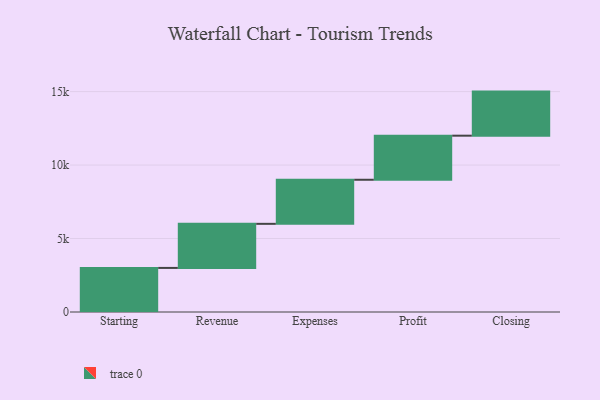
{"axis": {"x": "Step", "y": "Value"}, "legend": [""], "data": [{"x": "Starting", "y": 3000, "type": ""}, {"x": "Revenue", "y": 3000, "type": ""}, {"x": "Expenses", "y": 3000, "type": ""}, {"x": "Profit", "y": 3000, "type": ""}, {"x": "Closing", "y": 3000, "type": ""}]}